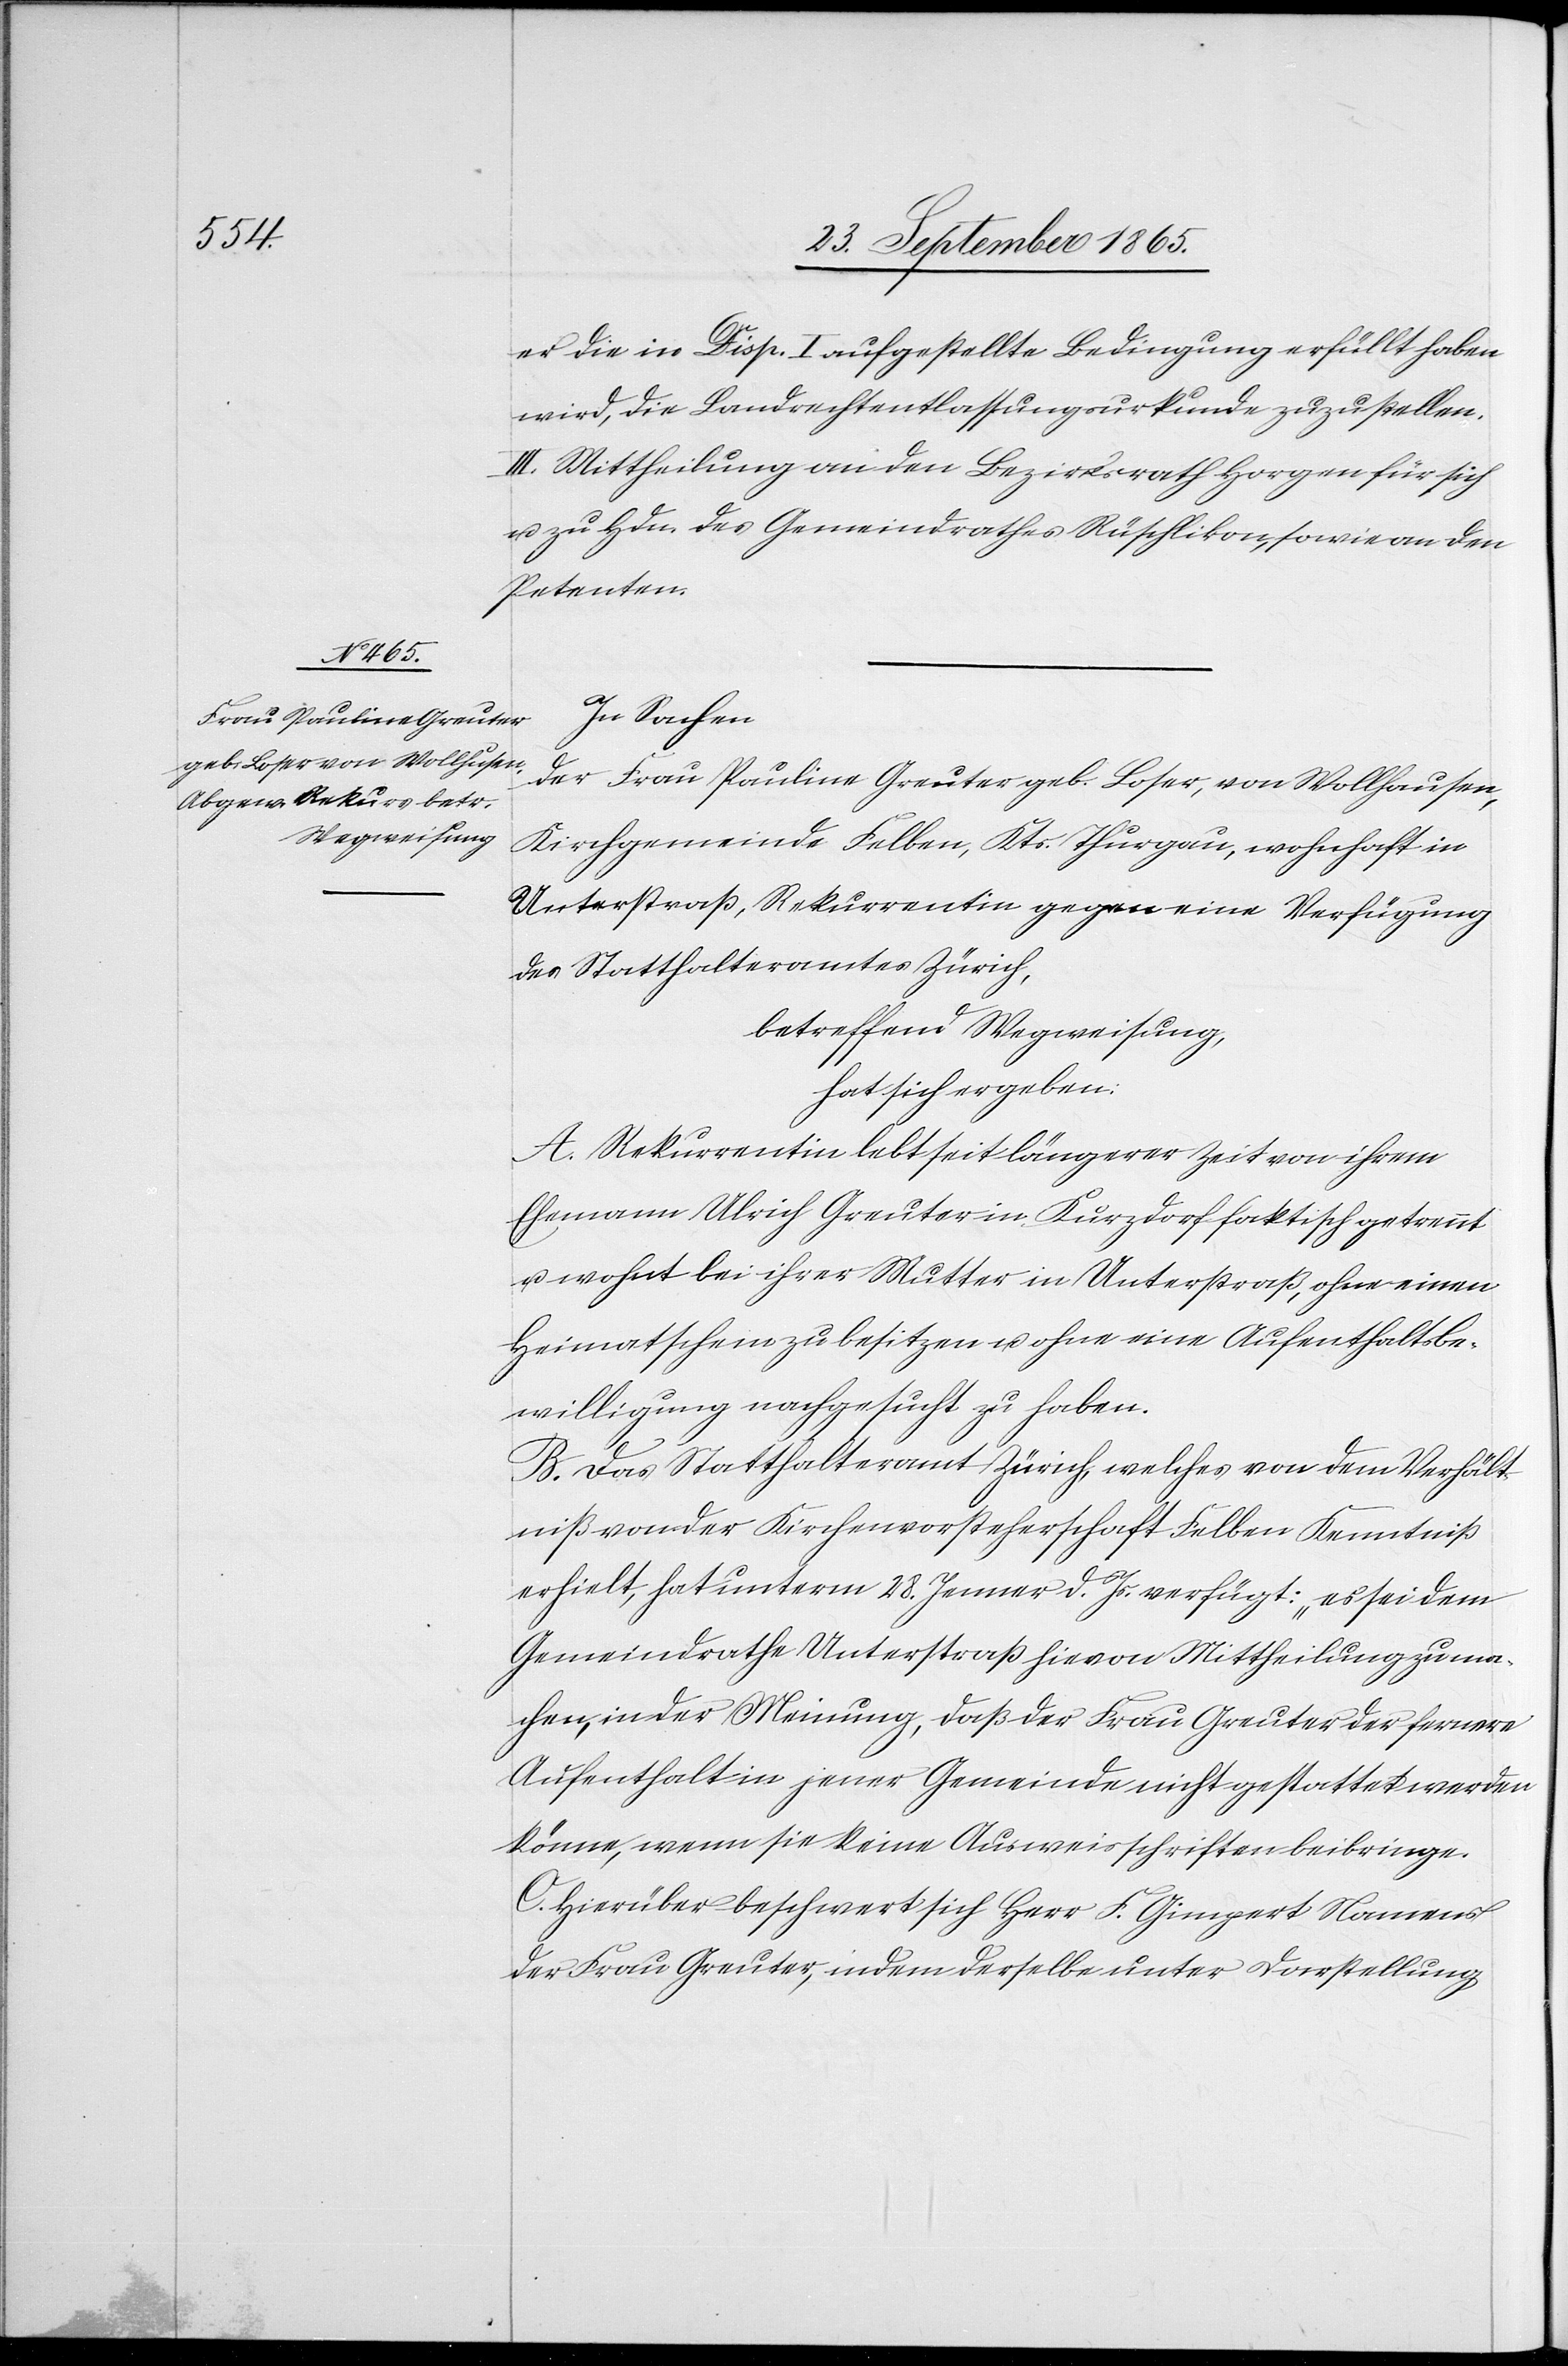
er die in Disp. I aufgestellte Bedingung erfüllt haben
wird, die Landrechtentlassungsurkunde zuzustellen.
III. Mittheilung an den Bezirksrath Horgen für sich
u. zu Hdn. des Gemeindrathes Rüschlikon, sowie an den
Petenten.
e.[“]
In Sachen
der Frau Pauline Greuter geb. Loser, von Wollhausen,
Kirchgemeinde Felben, Kts. Thurgau, wohnhaft in
Unterstraß, Rekurrentin gegen eine Verfügung
des Statthalteramtes Zürich,
betreffend Wegweisung,
hat sich ergeben:
A. Rekurrentin lebt seit längerer Zeit von ihrem
Ehemann Ulrich Greuter in Kurzdorf faktisch getrennt
u. wohnt bei ihrer Mutter in Unterstraß, ohne einen
Heimatschein zu besitzen u. ohne eine Aufenthalstbe¬
willigung nachgesucht zu haben.
B. Das Statthalteramt Zürich, welches von dem Verhält¬
niß von der Kirchenvorsteherschaft Felben Kenntniß
erhielt, hat unterm 28. Jenner d. Js. verfügt: „es sei dem
Gemeindrathe Unterstraß hievon Mittheilung zu ma¬
chen, in der Meinung, daß der Frau Greuter der fernere
Aufenthalt in jener Gemeinde nicht gestattet werden
könne, wenn sie keine Ausweisschriften beibring¬
C. Hierüber beschwert sich Herr F. Gimpert Namens
der Frau Greuter, indem derselbe unter Darstellung